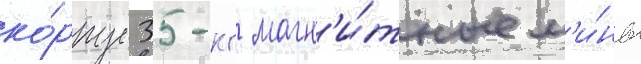
ко́рпус 35-кг магн'и́тные м'и́ны